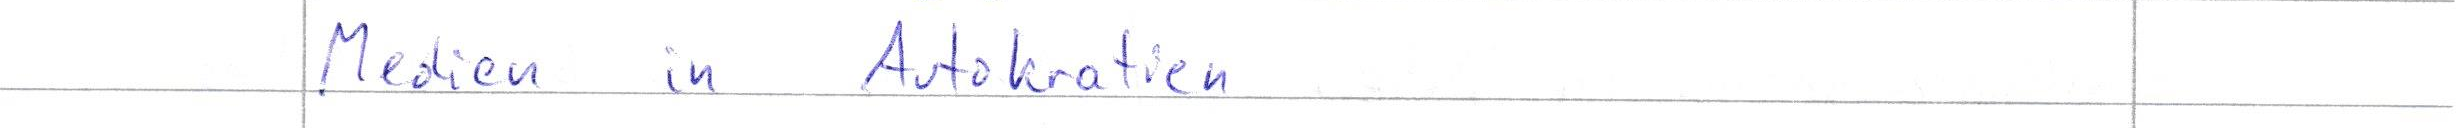
Medien in Autokratien